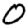
Digit: 0